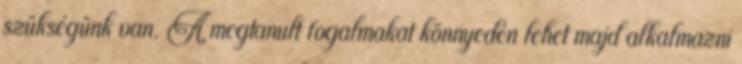
szükségünk van. A megtanult fogalmakat könnyedén lehet majd alkalmazni